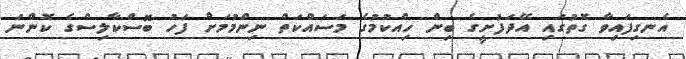
އެނގިފައިވާ ގޮތުގައި އޭދަފުށީގެ ބިން ހިއްކުމުގެ މަސައްކަތް ނިންމުމަށް ފަހު ބޮސްކާލިސްގެ ކޮންނަ